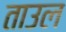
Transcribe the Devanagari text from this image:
ताउल